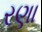
રણા